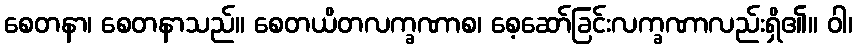
စေတနာ၊ စေတနာသည်။ စေတယိတလက္ခဏာစ၊ စေ့ဆော်ခြင်းလက္ခဏာလည်းရှိ၏။ ဝါ၊